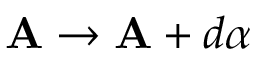
\mathbf { A } \rightarrow \mathbf { A } + d \alpha